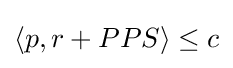
\langle p,r+PPS\rangle \leq c